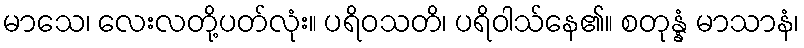
မာသေ၊ လေးလတို့ပတ်လုံး။ ပရိဝသတိ၊ ပရိဝါသ်နေ၏။ စတုန္နံ မာသာနံ၊